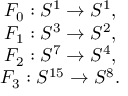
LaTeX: \begin{array} { c } { { F _ { 0 } : S ^ { 1 } \rightarrow S ^ { 1 } , } } \\ { { F _ { 1 } : S ^ { 3 } \rightarrow S ^ { 2 } , } } \\ { { F _ { 2 } : S ^ { 7 } \rightarrow S ^ { 4 } , } } \\ { { F _ { 3 } : S ^ { 1 5 } \rightarrow S ^ { 8 } . } } \end{array}